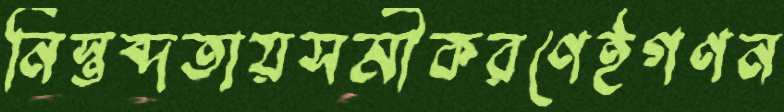
নিস্তব্দতায়সমীকরণেইগণন